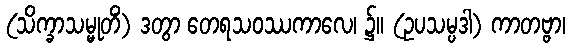
(သိက္ခာသမ္မုတိံ) ဒတွာ တေရသဝဿကာလေ၊ ၌။ (ဥပသမ္ပဒါ) ကာတဗ္ဗာ၊